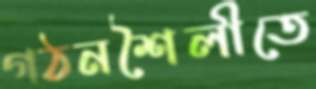
গঠনশৈলীতে